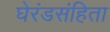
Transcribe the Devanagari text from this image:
घेरंडसंहिता